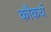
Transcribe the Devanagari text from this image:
कौकर्य